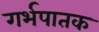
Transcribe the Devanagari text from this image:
गर्भपातक